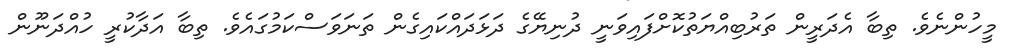
މީހުންނެވެ. ތިބާ އެދަރީން ތަރުބިއްޔަތުކޮށްފައިވަނީ ދުނިޔޭގެ ދަޅަދައްކައިގެން ތަނަވަސްކަމުގައެވެ. ތިބާ އަދާކުރީ ހުއްދަނޫން